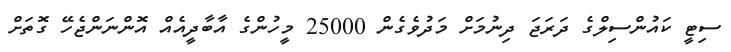
ސިޓީ ކައުންސިލްގެ ދަރަޖަ ދިނުމަށް މަދުވެގެން 25000 މީހުންގެ އާބާދީއެއް އޮންނަންޖެހޭ ގޮތަށް